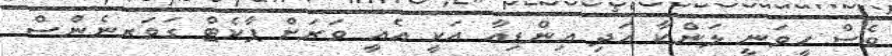
ވެސް ހީވަނީ ލަންކާ އަދި އިންޑިއާ އަކީ އެއީ ވަރަށް ޕާކެޓް ގަވަރނެންސް